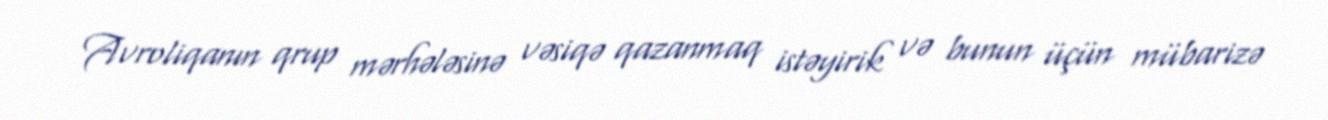
Avroliqanın qrup mərhələsinə vəsiqə qazanmaq istəyirik və bunun üçün mübarizə